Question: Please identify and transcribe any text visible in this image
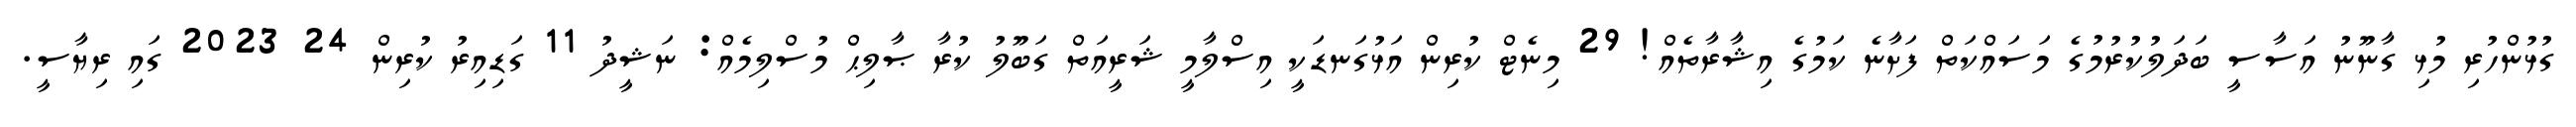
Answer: ގުޅުންހުރި މުޅި ގާނޫނު އަސާސީ ބަދަލުކުރުމުގެ މަސައްކަތް ފަށާނެ ކަމުގެ އިޝާރާތެއް! 29 މިނެޓް ކުރިން އަޅުގަނޑަކީ އިސްލާމީ ޝަރީއަތް ގަބޫލު ކުރާ ޞާލިޙް މުސްލިމެއް: ނަޝީދު 11 ގަޑިއިރު ކުރިން 24 2023 ގައި ރިޔާސީ.